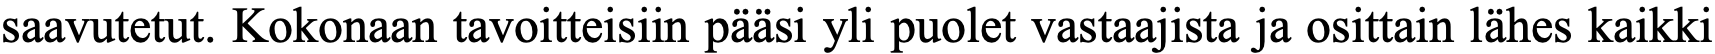
saavutetut. Kokonaan tavoitteisiin pääsi yli puolet vastaajista ja osittain lähes kaikki